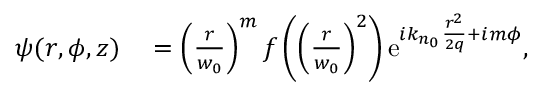
\begin{array} { r l } { \psi ( r , \phi , z ) } & { { } = \left( \frac { r } { w _ { 0 } } \right) ^ { m } f \left( \left( \frac { r } { w _ { 0 } } \right) ^ { 2 } \right) \mathrm { e } ^ { i k _ { n _ { 0 } } \frac { r ^ { 2 } } { 2 q } + i m \phi } , } \end{array}